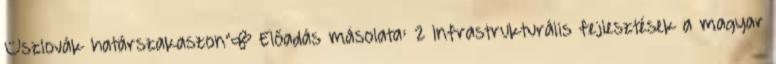
–szlovák határszakaszon"— Előadás másolata: 2 Infrastrukturális fejlesztések a magyar